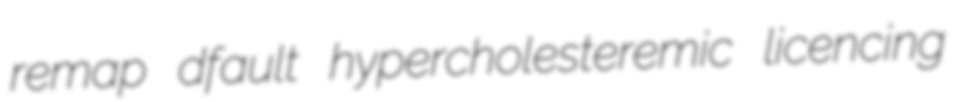
remap dfault hypercholesteremic licencing